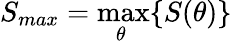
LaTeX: S_{max}=\operatorname*{max}_{\theta\ }\{ S(\theta)\}